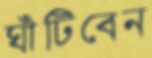
ঘাঁটিবেন